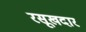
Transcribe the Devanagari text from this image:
रसूखदार